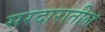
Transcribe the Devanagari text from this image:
सरदारातील